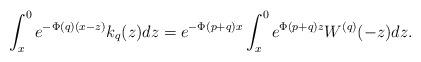
LaTeX: \begin{align*}\int_{x}^{0}e^{-\Phi(q)(x-z)}k_q(z)dz=e^{-\Phi(p+q)x}\int_{x}^{0}e^{\Phi(p+q)z}W^{(q)}(-z)dz.\end{align*}